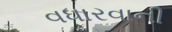
વધારવાની